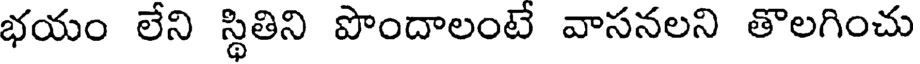
భయం లేని స్థితిని పొందాలంటే వాసనలని తొలగించు